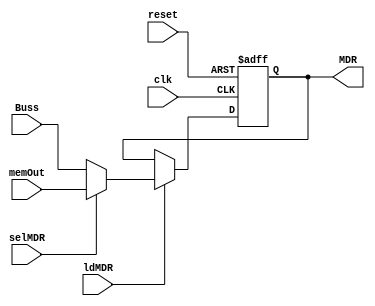
`timescale 1ns / 1ps
//////////////////////////////////////////////////////////////////////////////////
// Company: 
// Engineer: 
// 
// Design Name: 
// Module Name:    MDR 
// Project Name: 
// Target Devices: 
// Tool versions: 
// Description: 
//
// Dependencies: 
//
// Revision: 
// Revision 0.01 - File Created
// Additional Comments: 
//
//////////////////////////////////////////////////////////////////////////////////

module MDR(Buss, memOut, selMDR, clk, reset, ldMDR, MDR);

input [15:0] Buss, memOut;
input clk, reset, ldMDR, selMDR;
output reg [15:0] MDR;

  always @(posedge clk or posedge reset) 
    if (reset == 1'b1) 										   
			MDR = 0; 
	else if (ldMDR)
			MDR = selMDR?memOut:Buss;		
endmodule